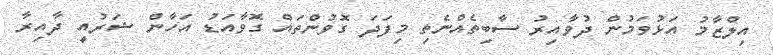
އިލްޒާމު އަޅުވަމުން ދުވާއިރު ސާބިތެއްނެތި މިފަދަ ގޮވުންތައް ގޮވާއަޑު އަހާން ޝަރުއީ ދާއިރާ